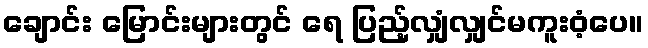
ချောင်း မြောင်းများတွင် ရေ ပြည့်လျှံလျှင်မကူးဝံ့ပေ။